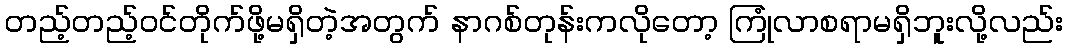
တည့်တည့်ဝင်တိုက်ဖို့မရှိတဲ့အတွက် နာဂစ်တုန်းကလိုတော့ ကြုံလာစရာမရှိဘူးလို့လည်း